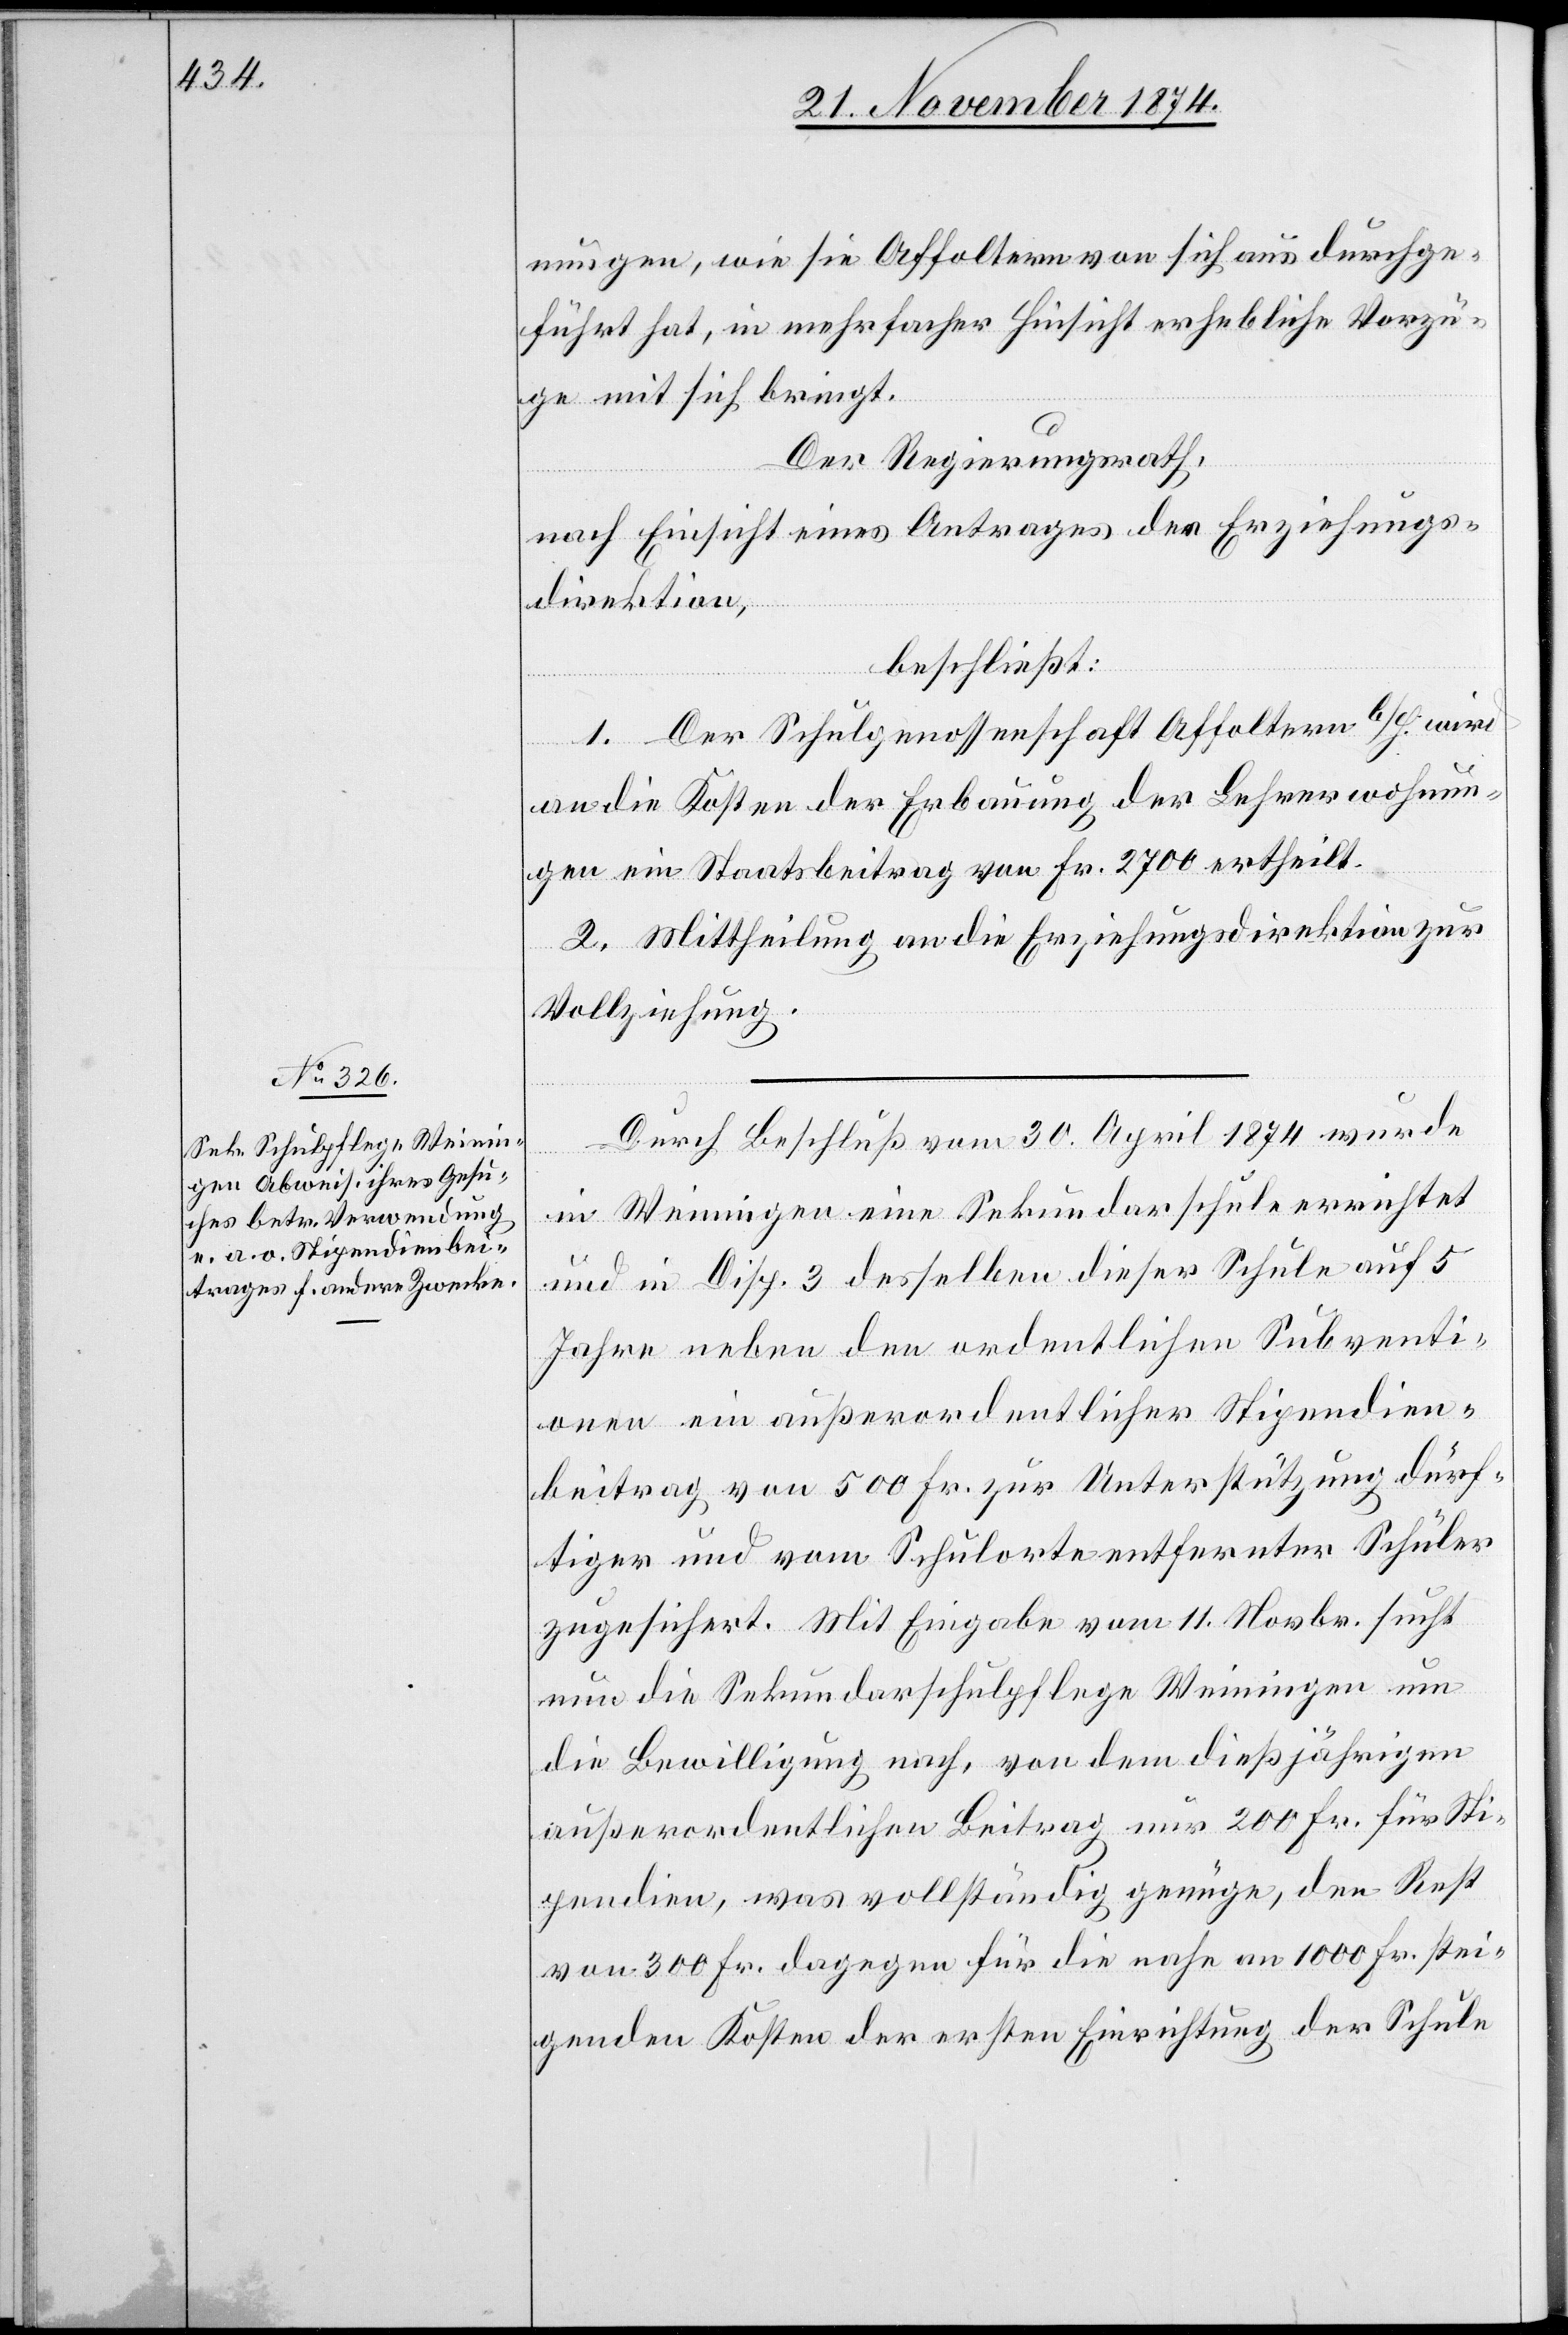
nungen, wie sie Affoltern von sich aus durchge¬
führt hat, in mehrfacher Hinsicht erhebliche Vorzü¬
ge mit sich bringt.
Der Regierungsrath,
nach Einsicht eines Antrages der Erziehungs¬
direktion,
beschließt.
1. Der Schulgenossenschaft Affoltern b/H. wird
an die Kosten der Erbauung der Lehrerwohnun¬
gen ein Staatsbeitrag von Fr. 2700 ertheilt.
2. Mittheilung an die Erziehungsdirektion zur
Vollziehung.
Durch Beschluß vom 30. April 1874 wurde
in Weiningen eine Sekundarschule errichtet
und in Disp. 3 desselben dieser Schule auf 5
Jahre neben den ordentlichen Subventi¬
onen ein außerordentlicher Stipendien¬
beitrag von 500 Fr. zur Unterstützung dürf¬
tiger und vom Schulorte entfernter Schüler
zugesichert. Mit Eingabe vom 11. Novbr. sucht
nun die Sekundarschulpflege Weiningen um
die Bewilligung nach, von dem dießjährigen
außerordentlichen Beitrag nur 200 Fr. für Sti¬
pendien, was vollständig genüge, den Rest
von 300 Fr. dagegen für die nahe an 1000 Fr. stei¬
genden Kosten der ersten Einrichtung der Schule